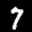
Label: 7